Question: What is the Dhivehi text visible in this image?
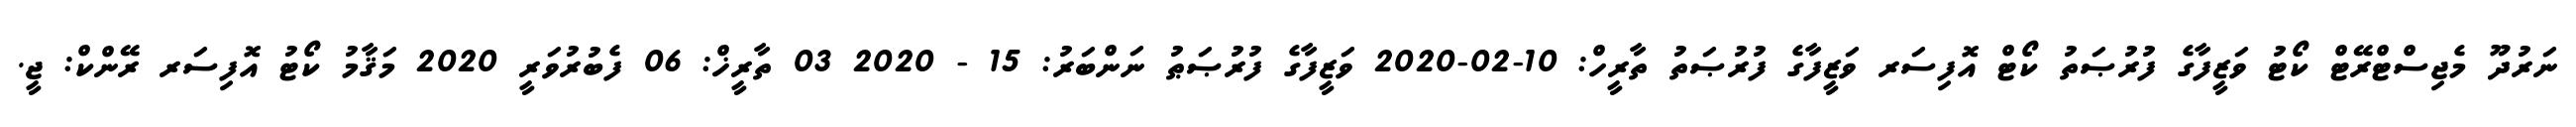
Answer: ނަރުދޫ މެޖިސްޓްރޭޓް ކޯޓު ވަޒީފާގެ ފުރުޞަތު ކޯޓް އޮފިސަރ ވަޒީފާގެ ފުރުޞަތު ތާރީހް: 10-02-2020 ވަޒީފާގެ ފުރުޞަޠު ނަންބަރު: 15 - 2020 03 ތާރީޚް: 06 ފެބުރުވަރީ 2020 މަޤާމު ކޯޓު އޮފިސަރ ރޭންކް: ޖީ.